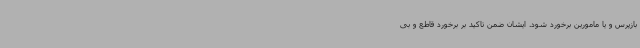
بازپرس و یا مامورین برخورد شود. ایشان ضمن تاکید بر برخورد قاطع و بی